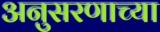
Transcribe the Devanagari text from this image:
अनुसरणाच्या